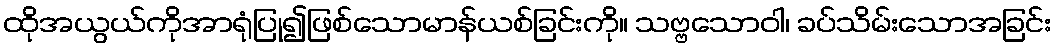
ထိုအယွယ်ကိုအာရုံပြု၍ဖြစ်သောမာန်ယစ်ခြင်းကို။ သဗ္ဗသောဝါ၊ ခပ်သိမ်းသောအခြင်း